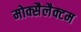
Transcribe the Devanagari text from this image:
मोक्सैलैक्टम